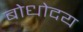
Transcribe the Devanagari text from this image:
बोधोदय